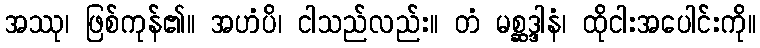
အဿု၊ ဖြစ်ကုန်၏။ အဟံပိ၊ ငါသည်လည်း။ တံ မစ္ဆဒ္ဒါနံ၊ ထိုငါးအပေါင်းကို။